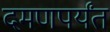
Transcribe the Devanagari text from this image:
दमणपर्यंत